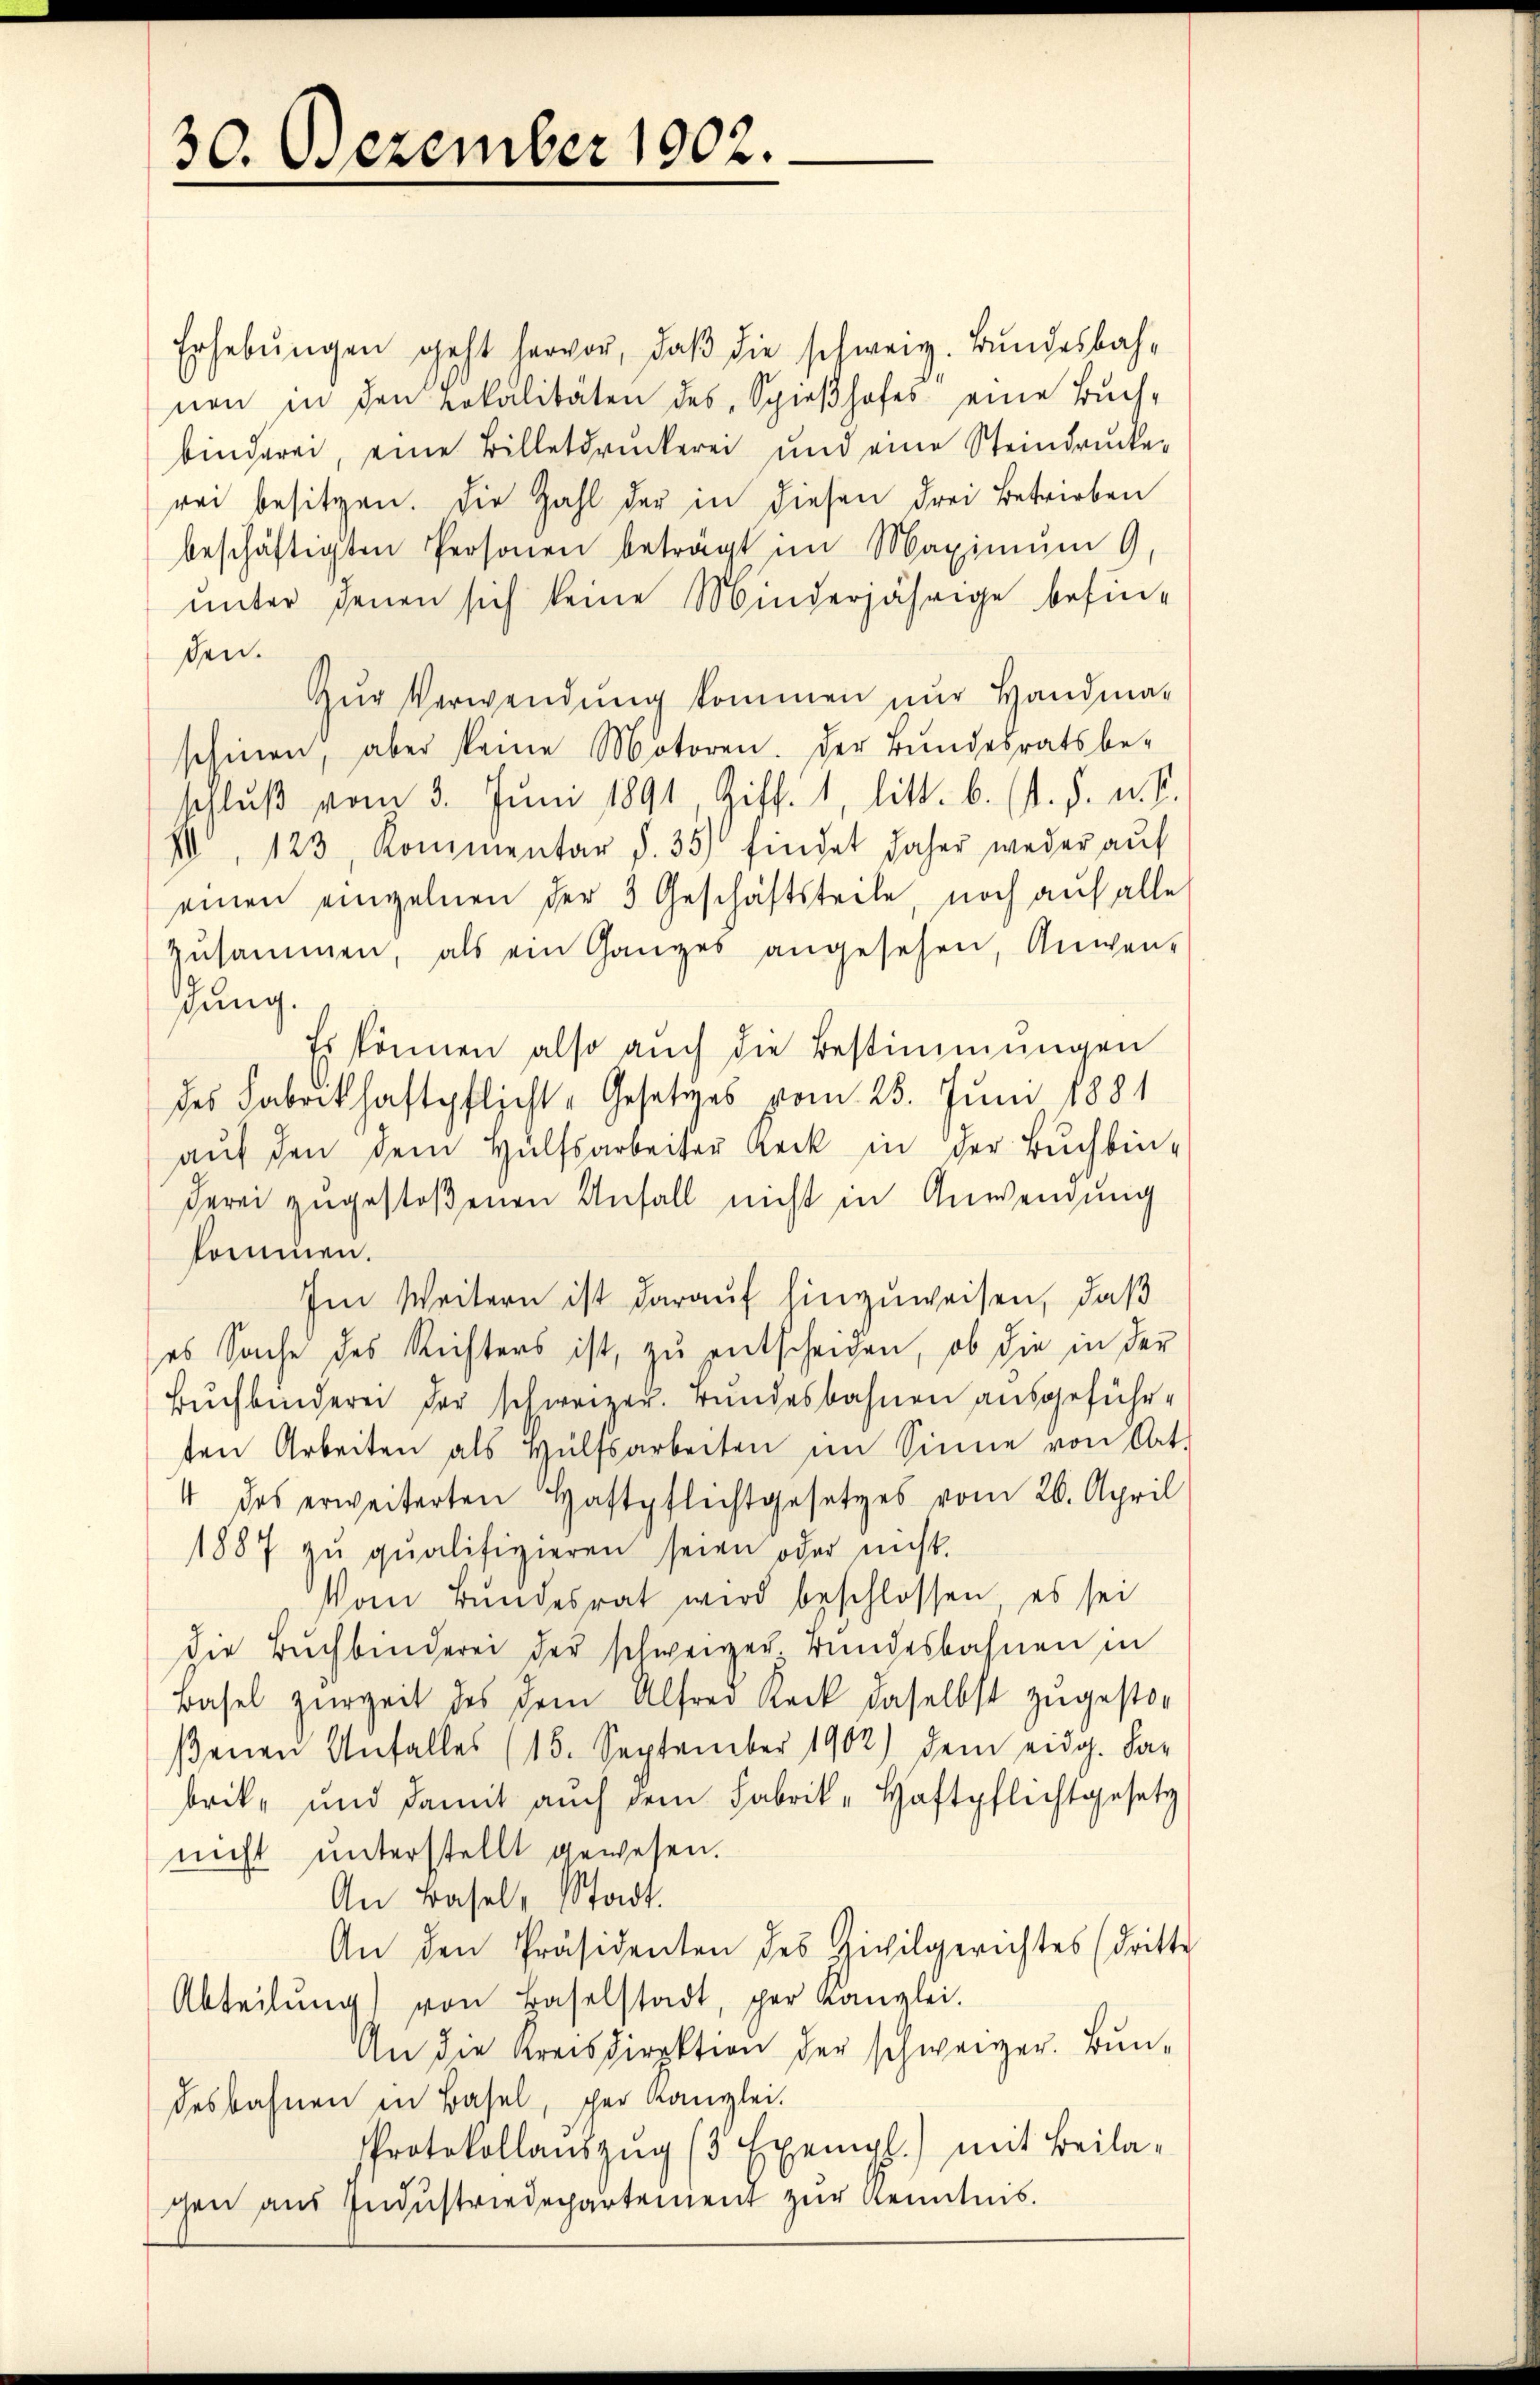
30. Dezember 1902.

Erhebungen geht hervor, daβ die schweiz. Bundesbahnen in den Lokalitäten des Spieβhofes eine Buch-
binderei, eine Billetdruckerei und eine Steindrucker
rei besitzen. Die Zahl der in diesen drei Betrieben
beschäftigten Personen beträgt im Maximum 9
unter denen sich keine Minderjährige befinden.
Zŭr Verwendung kommen nur Handma-
schinen, aber keine Motoren. Der Bundesratsbe-
schluß vom 3. Juni 1891, Ziff. 1, litt. b. (s. S. u. S.
V, 123 Kommentar d. 35 findet daher weder aŭf
einen einzelnen der 3 Geschäftsteile, noch auf alle
zŭsammen, als ein Ganzes angesehen, Anwen-
dung.
Es können also auch die Bestimmungen
des Fabrikhaftpflicht-Gesetzes vom 25. Juni 1881
aŭf den dem Hülfsarbeiter Rock in der Bŭchbin-
derei zugestoßenen Anfall nicht in Anwendung
kommen.
Im Weitern ist darauf hinzuweisen, daß
es Sache des Richters ist, zu entscheiden, ob die in der
Bŭchbinderei der schweizer. Bundesbahnen ausgeführten Arbeiten als Hülfsarbeiten im Sinne von Art.
4 des erweiterten Haftpflichtgesetzes vom 26. April
1887 zŭ qualifizieren seien oder nicht.
Vom Bundesrat wird beschlossen, es sei
die Buchbinderei der schweizer Bundesbahnen in
Basel zurzeit des dem Alfred Rock daselbst zugestor
ßenen Unfall(...)(15. September 1902) dem eidg. Kar
brik- und damit auch dem Fabrik-Haftpflichtgesetz
nicht unterstellt gewesen.
An Basel, Stadt.
An den Präsidenten des Zivilgerichtes (dritte
Abteilŭng von Baselstadt, per Kanzlei.
An die Kreisdirektion der schweizer. Bundesbahnen in Basel, scher Kanzlei.
Protokollaŭszŭg (3 Exempl.) mit Beilagen aus Industriedepartement zur Kenntnis.